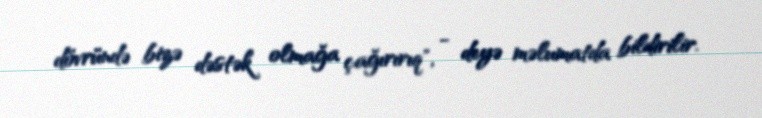
dövründə bizə dəstək olmağa çağırırıq", - deyə məlumatda bildirilir.